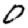
Digit: 0